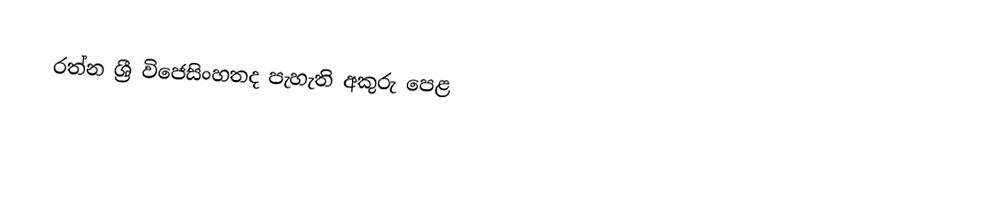
රත්න ශ්‍රී විජෙසිංහතද පැහැති අකුරු පෙළ